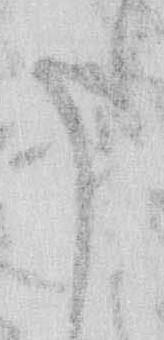
た